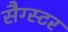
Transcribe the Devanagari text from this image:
सैग्स्टर